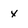
Character: x